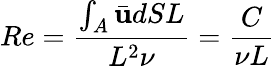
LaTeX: Re=\frac{\int_{A}\bar{\mathbf{u}}dSL}{L^{2}\nu}=\frac{C}{\nu L}